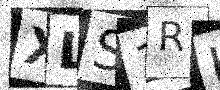
Text: XLS1RH